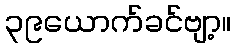
၃၉ယောက်ခင်ဗျာ့။